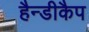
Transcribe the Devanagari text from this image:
हैन्डीकैप